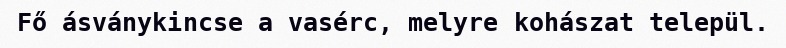
Fő ásványkincse a vasérc, melyre kohászat települ.